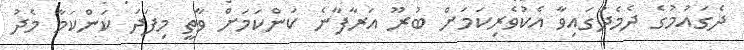
ދެގައުމުގެ ދެމެދުގައިވާ އެކުވެރިކަމަށް ބުރޫ އަރާފާނެ ކަންކަމަށް ވާތީ މިފަދަ ކަންކަމާ މެދު